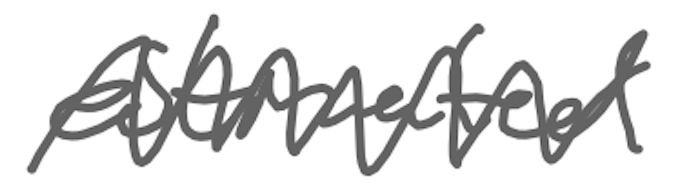
Text: estimated
Cross-out: mix
Writing tool: digital_gray